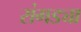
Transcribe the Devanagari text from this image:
रांगड्या